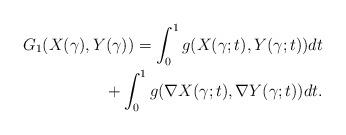
LaTeX: \begin{align*}G_1(X(\gamma),Y(\gamma))=\int_0^1g(X(\gamma;t),Y(\gamma;t))dt\\+\int_0^1g(\nabla X(\gamma;t),\nabla Y(\gamma;t))dt.\end{align*}